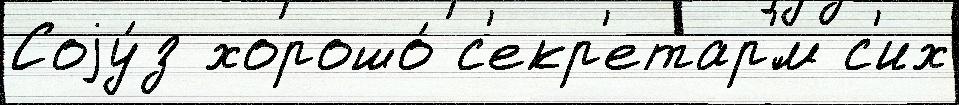
Соjу́з хорошо́ с'екр'етар'́м с'их